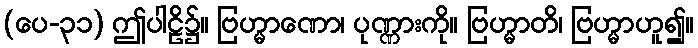
(ပေ-၃၁) ဤပါဠိ၌။ ဗြဟ္မာဏော၊ ပုဏ္ဏားကို။ ဗြဟ္မာတိ၊ ဗြဟ္မာဟူ၍။